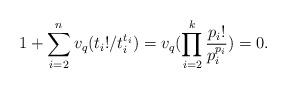
LaTeX: \begin{align*}1+ \sum_{i = 2}^n v_q(t_i!/t_i^{t_i}) = v_q(\prod_{i = 2}^k\frac{p_i!}{p_i^{p_i}}) = 0.\end{align*}